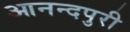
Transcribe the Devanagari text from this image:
आनन्दपुरी